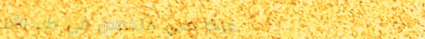
مركز طبي متخصص في طب الأط